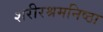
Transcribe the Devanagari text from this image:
शरीरश्रमनिष्ठा